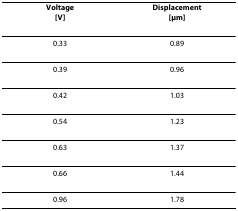
| Voltage[V] | Displacement[μm] |
 | --- | --- |
 | 0.33 | 0.89 |
 | 0.39 | 0.96 |
 | 0.42 | 1.03 |
 | 0.54 | 1.23 |
 | 0.63 | 1.37 |
 | 0.66 | 1.44 |
 | 0.96 | 1.78 |